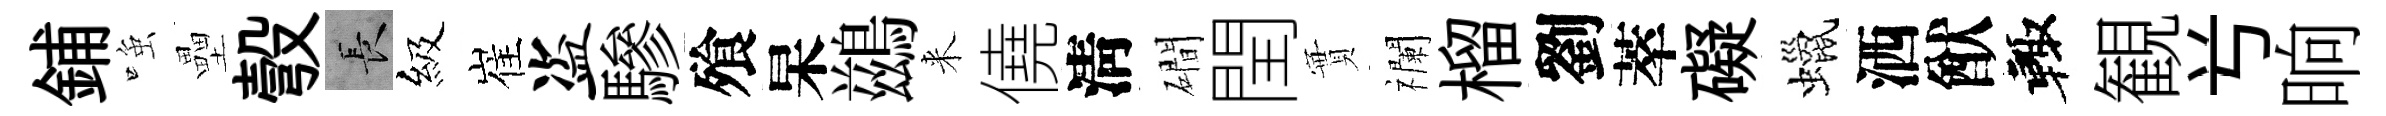
鋪𫪻壘彀长級崔盗驂飱杲鷀来僥淸磵閏實襴榴劉萃礙蠟洒猷輙観𠔃晌